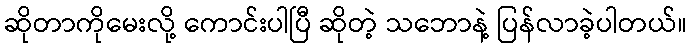
ဆိုတာကိုမေးလို့ ကောင်းပါပြီ ဆိုတဲ့ သဘောနဲ့ ပြန်လာခဲ့ပါတယ်။